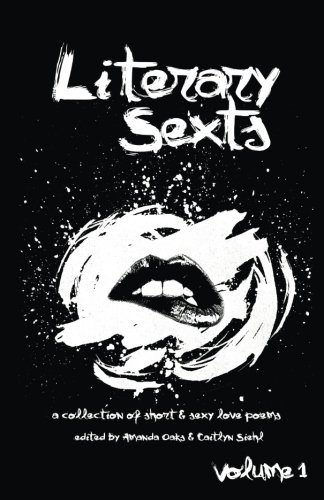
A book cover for Literary Sexts: A Collection of Short & Sexy Love Poems (Volume 1); Amanda Oaks; Literature & Fiction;